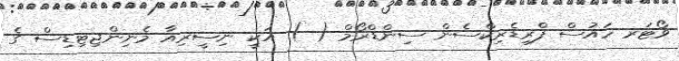
ވޯޓަރ ހައުސް ފްރިޑެރިކްސެން ސިންޑްރޯމް ( ) އަކީ ނިސީރިއާ މެނިންޖިޓިޑިސް ގެ